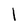
Character: l